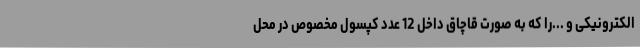
الکترونیکی و ...را که به صورت قاچاق داخل 12 عدد کپسول مخصوص در محل